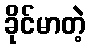
ခိုင်မာတဲ့